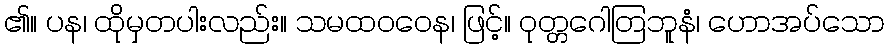
၏။ ပန၊ ထိုမှတပါးလည်း။ သမထဝဝေန၊ ဖြင့်။ ဝုတ္တဂေါတြဘူနံ၊ ဟောအပ်သော